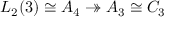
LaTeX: L _ { 2 } ( 3 ) \cong A _ { 4 } \twoheadrightarrow A _ { 3 } \cong C _ { 3 }